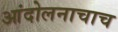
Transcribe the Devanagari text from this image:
आंदोलनाचाच